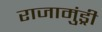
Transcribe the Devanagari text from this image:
राजामुंड्री